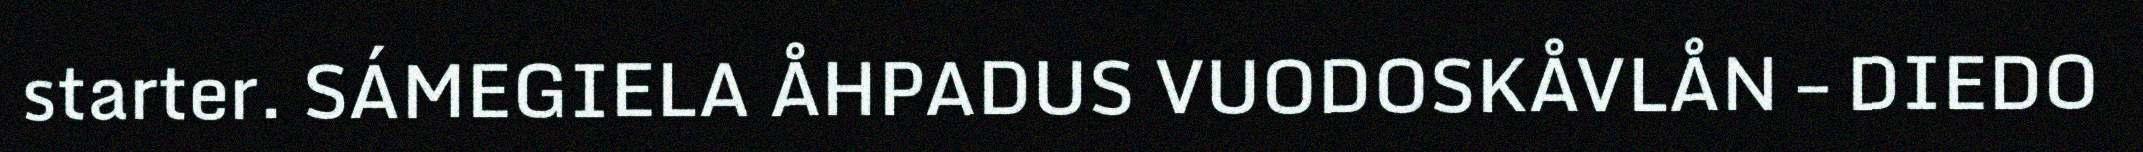
starter. SÁMEGIELA ÅHPADUS VUODOSKÅVLÅN – DIEDO